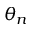
\theta _ { n }